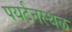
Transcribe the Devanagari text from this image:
पयर्टनस्थळ